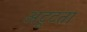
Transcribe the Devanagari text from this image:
अटूटता